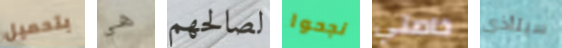
بتحميل هي لصالحهم نجحوا خاصتي سيتأذى